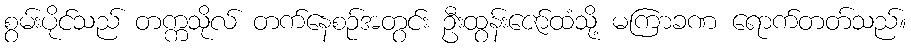
စွမ်းပိုင်သည် တက္ကသိုလ် တက်နေစဉ်အတွင်း ဦးထွန်းဇော်ထံသို့ မကြာခဏ ရောက်တတ်သည်။